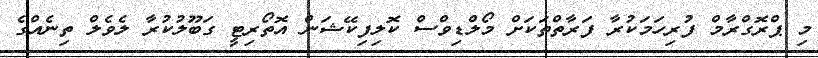
މި ޕްރޮގްރާމް ފުރިހަމަކުރާ ފަރާތްތަކަށް މޯލްޑިވްސް ކޮލިފިކޭޝަން އޮތޯރިޓީ ގަބޫލުކުރާ ލެވެލް ތިނެއްގެ